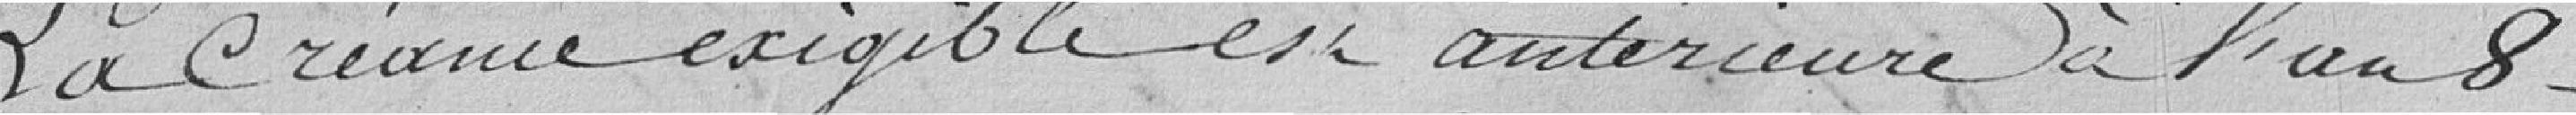
La créance exigible est antérieure à l'an 8.